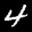
Label: 4